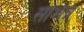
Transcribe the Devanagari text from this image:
सेभिन्न